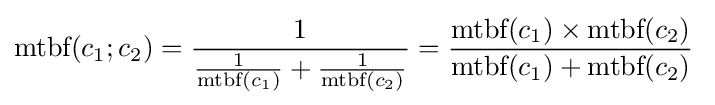
{\text{mtbf}}(c_{1};c_{2})={\frac {1}{{\frac {1}{{\text{mtbf}}(c_{1})}}+{\frac {1}{{\text{mtbf}}(c_{2})}}}}={\frac {{\text{mtbf}}(c_{1})\times {\text{mtbf}}(c_{2})}{{\text{mtbf}}(c_{1})+{\text{mtbf}}(c_{2})}}\;